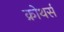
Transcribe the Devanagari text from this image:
क्रोथर्स